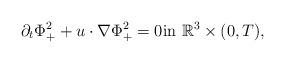
LaTeX: \begin{align*}\partial_t \Phi^{2}_{+}+u\cdot \nabla \Phi^{2}_{+}&=0\textrm{in}\ \mathbb{R}^{3}\times (0,T),\end{align*}